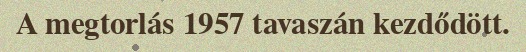
A megtorlás 1957 tavaszán kezdődött.